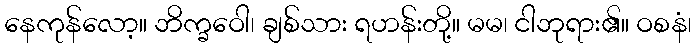
နေကုန်လော့။ ဘိက္ခဝေါ၊ ချစ်သား ရဟန်းတို့။ မမ၊ ငါဘုရား၏။ ဝစနံ၊